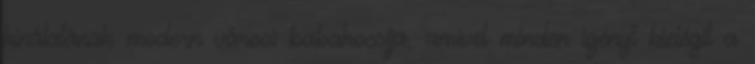
kínálatának modern városi babakocsija, amivel minden igényt kielégít a